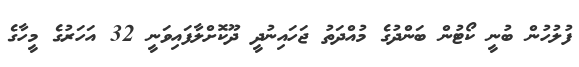
ފުލުހުން ބުނީ ކޯޓުން ބަންދުގެ މުއްދަތު ޖަހައިނުދީ ދޫކޮށްލާފައިވަނީ 32 އަހަރުގެ މީހާގެ